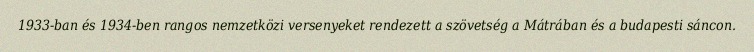
1933-ban és 1934-ben rangos nemzetközi versenyeket rendezett a szövetség a Mátrában és a budapesti sáncon.